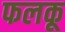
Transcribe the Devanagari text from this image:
फलकू